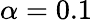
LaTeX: \alpha=0.1